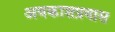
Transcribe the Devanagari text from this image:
अवकाशप्रवास